Report on vaccination in the Province of Bengal - 1869-1873
Year: 1869
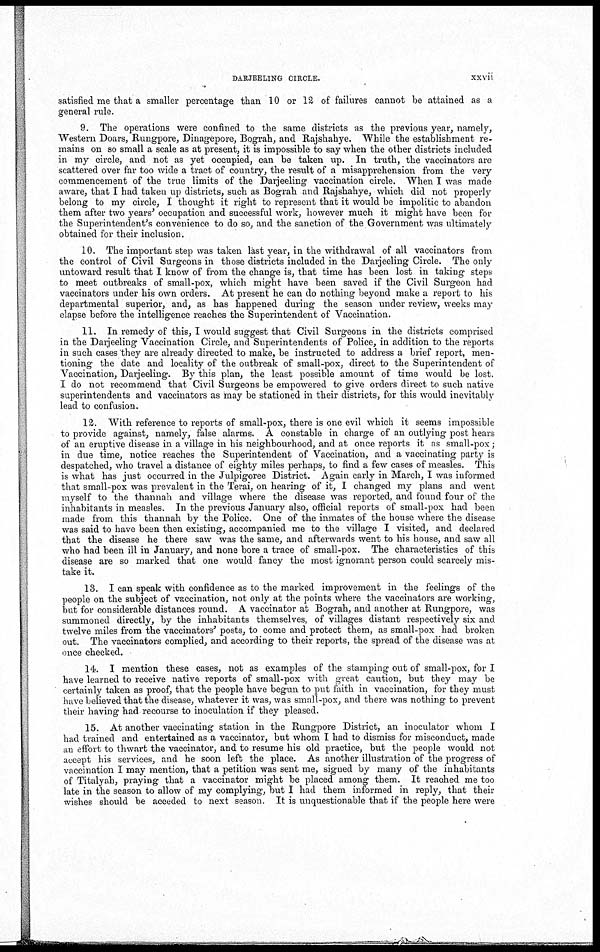
DARJEELING CIRCLE.
xxvii
satisfied me that a smaller percentage than 10 or 12 of failures cannot be attained as a
general rule.
9. The operations were confined to the same districts as the previous year, namely,
Western Doars, Rungpore, Dinagepore, Bograh, and Rajshahye. "While the establishment re-
mains on so small a scale as at present, it is impossible to say when the other districts included
in my circle, and not as yet occupied, can be taken up. In truth, the vaccinators are
scattered over far too wide a tract of country, the result of a misapprehension from the very
commencement of the true limits of the Darjeeling vaccination circle. When I was made
aware, that I had taken up districts, such as Bograh and Rajshahye, which did not properly
belong to my circle, I thought it right to represent that it would be impolitic to abandon
them after two years' occupation and successful work, however much it might have been for
the Superintendent's convenience to do so, and the sanction of the Government was ultimately
obtained for their inclusion.
10. The important step was taken last year, in the withdrawal of all vaccinators from
the control of Civil Surgeons in those districts included in the Darjeeling Circle. The only
untoward result that I know of from the change is, that time has been lost in taking steps
to meet outbreaks of small-pox, which might have been saved if the Civil Surgeon had
vaccinators under his own orders. At present he can do nothing beyond make a report to his
departmental superior, and, as has happened during the season under review, weeks may
elapse before the intelligence reaches the Superintendent of Vaccination.
11. In remedy of this, I would suggest that Civil Surgeons in the districts comprised
in the Darjeeling Vaccination Circle, and Superintendents of Police, in addition to the reports
in such cases they are already directed to make, be instructed to address a brief report, men-
tioning the date and locality of the outbreak of small-pox, direct to the Superintendent of
Vaccination, Darjeeling. By this plan, the least possible amount of time would be lost.
I do not recommend that Civil Surgeons be empowered to give orders direct to such native
superintendents and vaccinators as may be stationed in their districts, for this would inevitably
lead to confusion.
12. With reference to reports of small-pox, there is one evil which it seems impossible
to provide against, namely, false alarms. A constable in charge of an outlying post hears
of an eruptive disease in a village in his neighbourhood, and at once reports it as small-pox;
in due time, notice reaches the Superintendent of Vaccination, and a vaccinating party is
despatched, who travel a distance of eighty miles perhaps, to find a few cases of measles. This
is what has just occurred in the Julpigoree District. Again early in March, I was informed
that small-pox was prevalent in the Terai, on hearing of it, I changed my plans and went
myself to the thannah and village where the disease was reported, and found four of the
inhabitants in measles. In the previous January also, official reports of small-pox had been
made from this thannah by the Police. One of the inmates of the house where the disease
was said to have been then existing, accompanied me to the village I visited, and declared
that the disease he there saw was the same, and afterwards went to his house, and saw all
who had been ill in January, and none bore a trace of small-pox. The characteristics of this
disease are so marked that one would fancy the most ignorant person could scarcely mis-
take it.
13. I can speak with confidence as to the marked improvement in the feelings of the
people on the subject of vaccination, not only at the points where the vaccinators are working,
but for considerable distances round. A vaccinator at Bograh, and another at Rungpore, was
summoned directly, by the inhabitants themselves, of villages distant respectively six and
twelve miles from the vaccinators' posts, to come and protect them, as small-pox had broken
out. The vaccinators complied, and according to their reports, the spread of the disease was at
once checked.
14. I mention these cases, not as examples of the stamping out of small-pox, for I
have learned to receive native reports of small-pox with great caution, but they may be
certainly taken as proof, that the people have begun to put faith in vaccination, for they must
have believed that the disease, whatever it was, was small-pox, and there was nothing to prevent
their having had recourse to inoculation if they pleased.
15. At another vaccinating station in the Rungpore District, an inoculator whom I
had trained and entertained as a vaccinator, but whom I had to dismiss for misconduct, made
an effort to thwart the vaccinator, and to resume his old practice, but the people would not
accept his services, and he soon left the place. As another illustration of the progress of
vaccination I may mention, that a petition was sent me, signed by many of the inhabitants
of Titalyah, praying that a vaccinator might be placed among them. It reached me too
late in the season to allow of my complying, but I had them informed in reply, that their
wishes should be acceded to next season. It is unquestionable that if the people here were